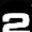
Digit: 2